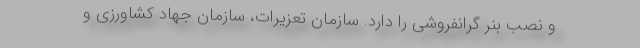
و نصب بنر گرانفروشی را دارد. سازمان تعزیرات، سازمان جهاد کشاورزی و